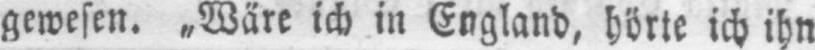
gewesen. „Wäre ich in England, hörte ich ihn